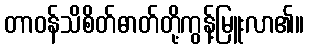
တာဝန်သိစိတ်ဓာတ်တို့ကွန့်မြူးလာ၏။